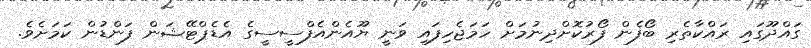
ގައްދޫގައި ރައްކާތެރި ބޯފެން ފޯރުކޮށްދިނުމަށް ހަމަޖެހިފައި ވަނީ ޔޫއެންއެފްސީސީގެ އެޑެޕްޓޭޝަން ފަންޑުން ކަމަށެވެ.